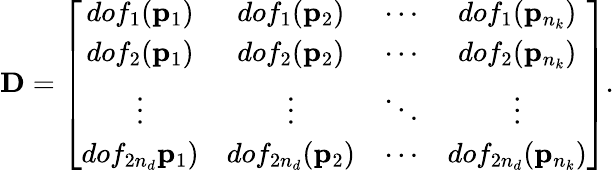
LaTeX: \mathbf{D}=\left[\begin{array}{cccc}{dof_{1}(\mathbf{p}_{1})}&{dof_{1}(\mathbf{p}_{2})}&{\cdots}&{dof_{1}(\mathbf{p}_{n_{k}})}\\ {dof_{2}(\mathbf{p}_{1})}&{dof_{2}(\mathbf{p}_{2})}&{\cdots}&{dof_{2}(\mathbf{p}_{n_{k}})}\\ {\vdots}&{\vdots}&{\ddots}&{\vdots}\\ {dof_{2n_{d}}\mathbf{p}_{1})}&{dof_{2n_{d}}(\mathbf{p}_{2})}&{\cdots}&{dof_{2n_{d}}(\mathbf{p}_{n_{k}})}\end{array}\right].